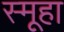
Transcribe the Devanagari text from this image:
स्मूहा